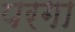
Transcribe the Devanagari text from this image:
परगा